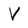
Character: V